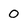
Character: 0